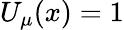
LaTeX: U_{\mu}(x)=1